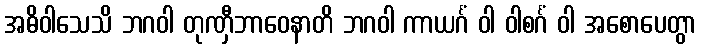
အဓိဝါသေသိ ဘဂဝါ တုဏှီဘာဝေနာတိ ဘဂဝါ ကာယင်္ဂံ ဝါ ဝါစင်္ဂံ ဝါ အစောပေတွာ